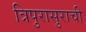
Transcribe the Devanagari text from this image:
त्रिपुरासुराची